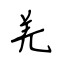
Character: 羌